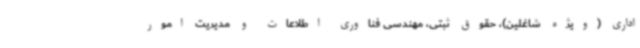
اداری (ویژه شاغلین)، حقوق ثبتی، مهندسی فناوری اطلاعات و مدیریت امور